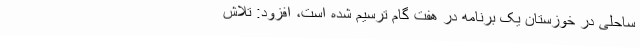
ساحلی در خوزستان یک برنامه در هفت گام ترسیم شده است، افزود: تلاش